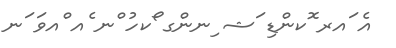
އެ ައރ ޮކންޑި ަޝ ިނންގ ޯކހު ްނ ެއ ްއވަ ަނ